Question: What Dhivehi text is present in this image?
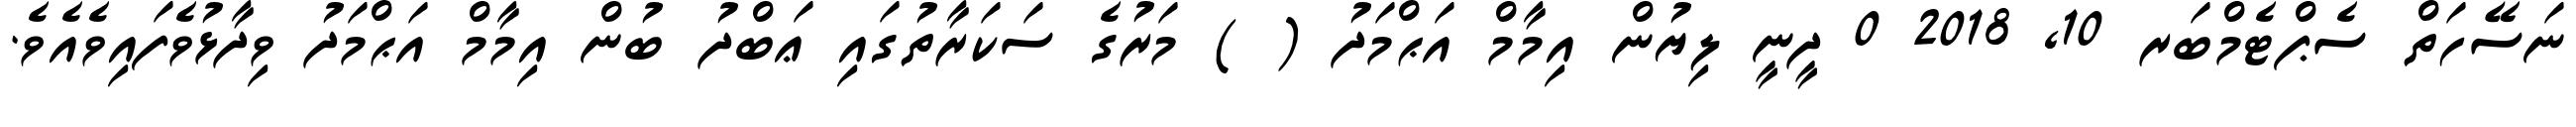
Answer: ނަސޭހަތް ސެޕްޓެމްބަރ 10, 2018 0 ދީނީ ލިޔުން އިމާމް އަޙްމަދު ( ) މަރުގެ ސަކަރާތުގައި ޢަބްދު ބުން އިމާމް އަޙްމަދު ވިދާޅުވެފައިވެއެވެ.